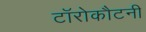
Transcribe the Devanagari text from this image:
टॉरोकौटनी